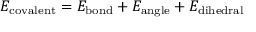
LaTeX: \ E _ { \mathrm { c o v a l e n t } } = E _ { \mathrm { b o n d } } + E _ { \mathrm { a n g l e } } + E _ { \mathrm { d i h e d r a l } }